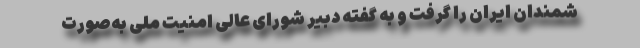
شمندان ایران را گرفت و به گفته دبیر شورای عالی امنیت ملی به‌صورت